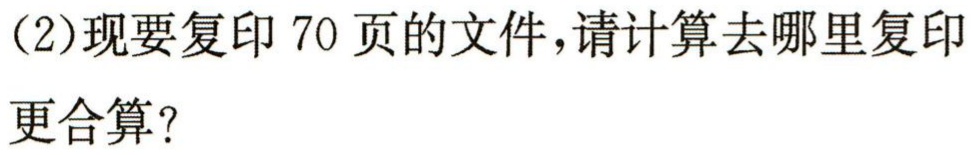
(2)现要复印 70 页的文件，请计算去哪里复印

更合算？